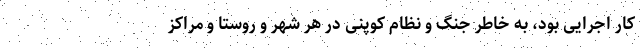
کار اجرایی بود، به خاطر جنگ و نظام کوپنی در هر شهر و روستا و مراکز